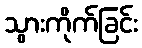
သွားကိုက်ခြင်း